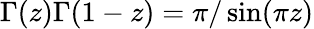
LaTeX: \Gamma(z)\Gamma(1-z)=\pi/\sin(\pi z)